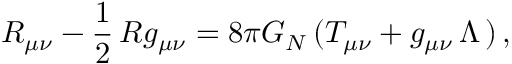
R _ { \mu \nu } - \frac { 1 } { 2 } \, R g _ { \mu \nu } = 8 \pi G _ { N } \, ( T _ { \mu \nu } + g _ { \mu \nu } \, \Lambda \, ) \, ,